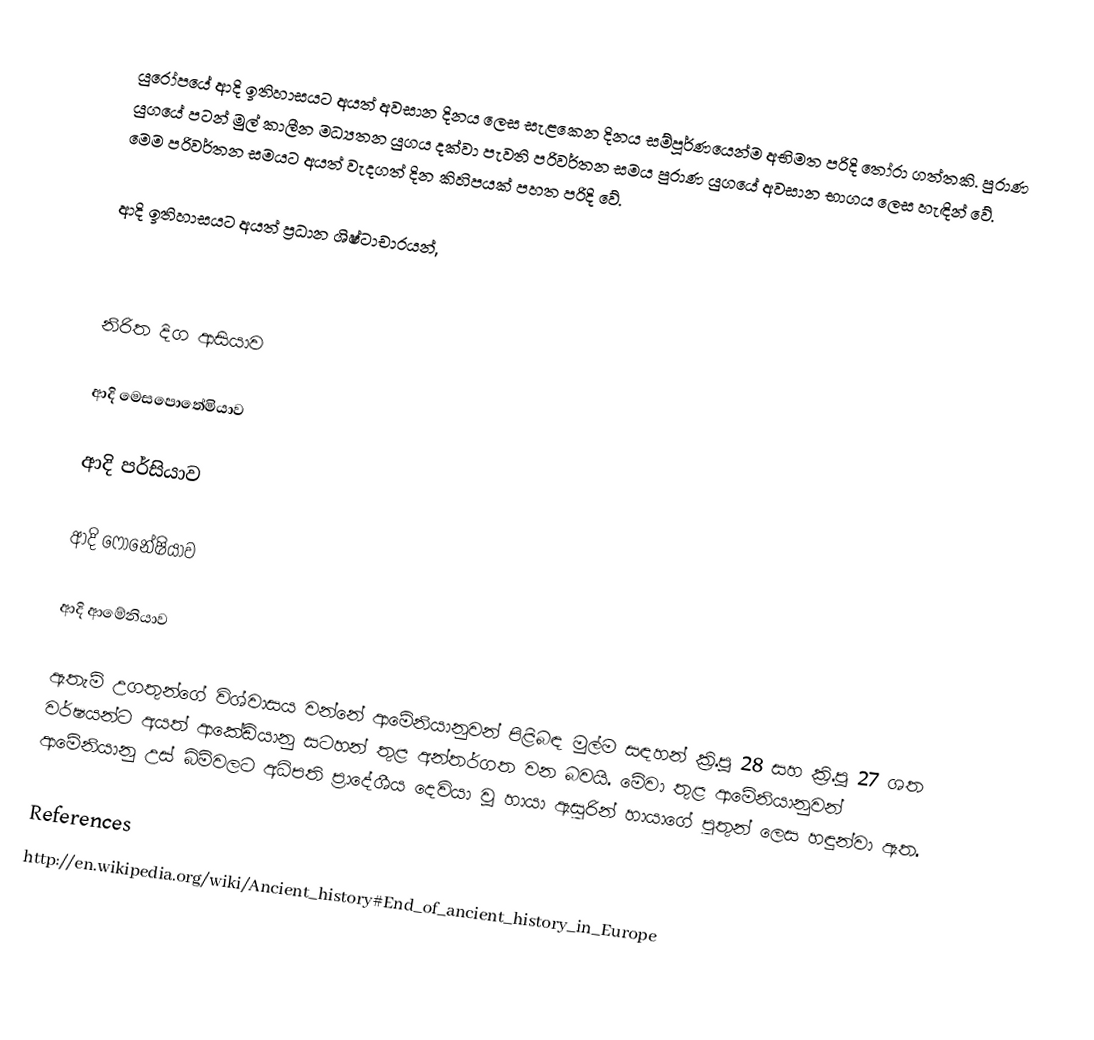
යුරෝපයේ ආදි ඉතිහාසයට අයත් අවසාන දිනය ලෙස සැළකෙන දිනය සම්පූර්ණයෙන්ම අභිමත පරිදි තෝරා ගත්තකි. ‍පුරාණ යුගයේ පටන් මුල් කාලීන මධ්‍යතන යුගය දක්වා පැවති පරිවර්තන සමය පුරාණ යුගයේ අවසාන භාගය ලෙස හැඳින් වේ. මෙම පරිවර්තන සමයට අයත් වැදගත් දින කිහිපයක් පහත පරිදි වේ.

ආදි ඉතිහාසයට අයත් ප්‍රධාන ශිෂ්ටාචාරයන්,

‍

නිරිත දිග ආසියාව

ආදි මෙසපොතේමියාව

ආදි පර්සියාව

ආදි ෆොනේෂියාව

ආදි ආමේනියාව

ඇතැම් උගතුන්ගේ විශ්වාසය වන්නේ ආමේනියානුවන් පිළිබඳ මුල්ම සඳහන් ක්‍රි.පූ 28 සහ ක්‍රි.පූ 27 ශත වර්ෂයන්ට අයත් ආකේඩියානු සටහන් තුළ අන්තර්ගත වන බවයි. මේවා තුළ ආමේනියානුවන් ආමේනියානු උස් බිම්වලට අධිපති ප්‍රාදේශීය දෙවියා වූ හායා ඇසුරින් හායාගේ පුතුන් ලෙස හඳුන්වා ඇත.

References
http://en.wikipedia.org/wiki/Ancient_history#End_of_ancient_history_in_Europe